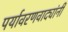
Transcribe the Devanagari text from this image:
पर्यावरणवाद्यांनी